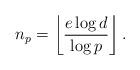
LaTeX: \begin{align*} n_p = \left\lfloor \frac{e \log d}{\log p}\right\rfloor .\end{align*}